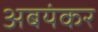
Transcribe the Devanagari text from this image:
अबयंकर